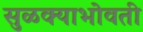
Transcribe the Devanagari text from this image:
सुळक्याभोवती